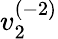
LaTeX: v_{2}^{(-2)}